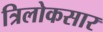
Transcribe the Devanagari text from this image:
त्रिलोकसार